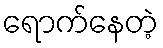
ရောက်နေတဲ့